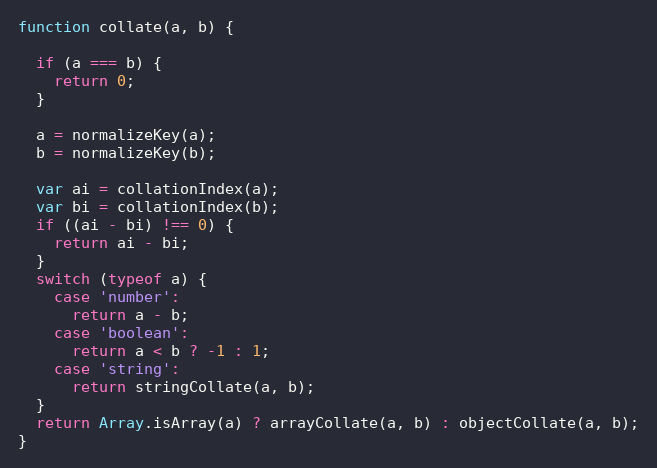
Language: JavaScript
function collate(a, b) {

  if (a === b) {
    return 0;
  }

  a = normalizeKey(a);
  b = normalizeKey(b);

  var ai = collationIndex(a);
  var bi = collationIndex(b);
  if ((ai - bi) !== 0) {
    return ai - bi;
  }
  switch (typeof a) {
    case 'number':
      return a - b;
    case 'boolean':
      return a < b ? -1 : 1;
    case 'string':
      return stringCollate(a, b);
  }
  return Array.isArray(a) ? arrayCollate(a, b) : objectCollate(a, b);
}